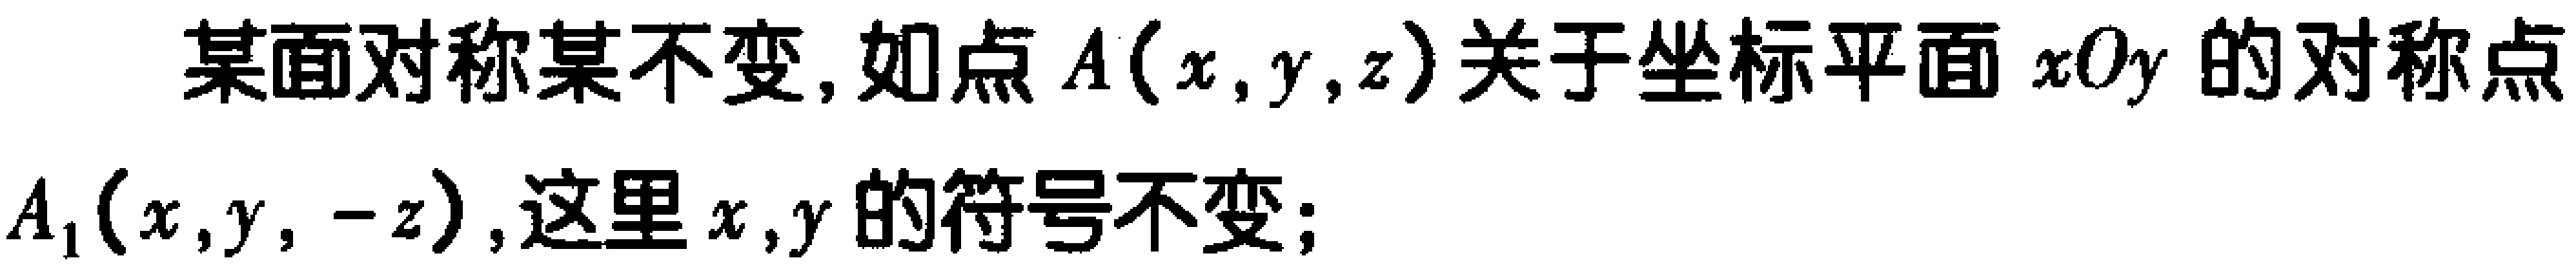
某面对称某不变,如点\(A(x,y,z)\)关于坐标平面\(xOy\)的对称点\(A_1(x,y,-z)\),这里\(x,y\)的符号不变;